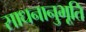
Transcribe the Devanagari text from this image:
साधनानुभूति